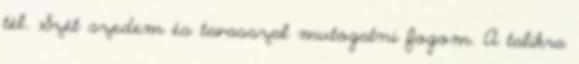
tél. Szét szedem és tavasszal mutogatni fogom. A talikra